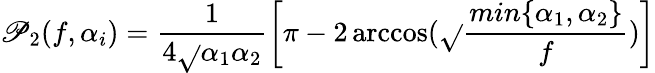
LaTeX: \mathscr{P}_{2}(f,\alpha_{i})=\frac{{1}}{{4\sqrt{}{{\alpha_{1}\alpha_{2}}}}}\left[\pi-2\operatorname{arccos}(\sqrt{}{{\frac{{min\{ \alpha_{1},\alpha_{2}\} }}{{f}}}})\right]